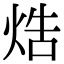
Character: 焅